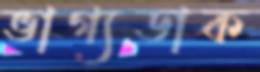
ভাগ্যডাক